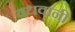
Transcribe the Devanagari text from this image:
वधवानी